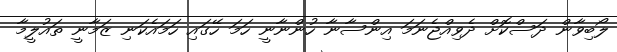
ލޯބިވާން ދަސްކޮށް ދެވިއްޖެނަމަ އިންސާނާ ހުންނާނީ ހަމަ ހޭގައި ހަމައެކަނި ޒަމާނީ ތައުލީމާ